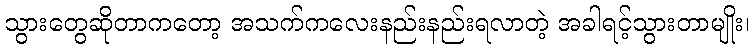
သွားတွေဆိုတာကတော့ အသက်ကလေးနည်းနည်းရလာတဲ့ အခါရင့်သွားတာမျိုး၊